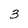
Character: 3